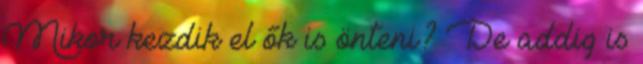
Mikor kezdik el ők is önteni? De addig is